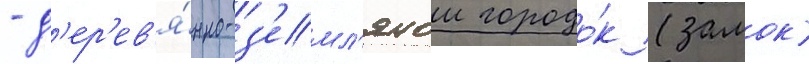
- д'ер'ев'я́нно-з'емл'янои городо́к (замок)